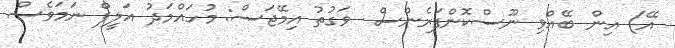
އޭ) އިން ބޭއްވި ނޫސްކޮންފަރެންސް  ވަގުތު އިމޭޖަސް: މުހައްމަދު އަލީފް ނަމަވެސް